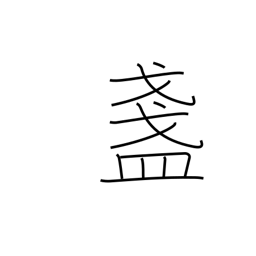
Meaning: sake cup